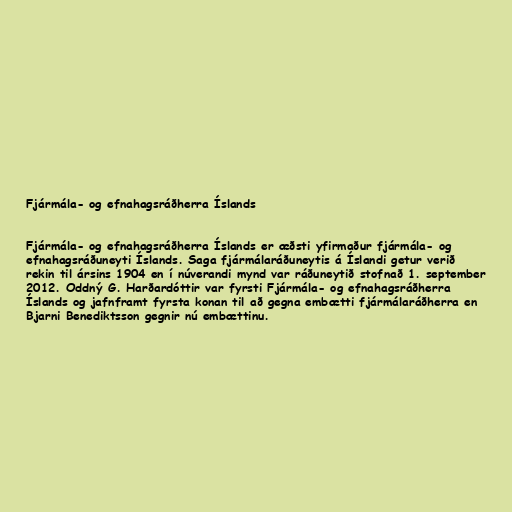
Fjármála- og efnahagsráðherra Íslands

Fjármála- og efnahagsráðherra Íslands er æðsti yfirmaður fjármála- og
efnahagsráðuneyti Íslands. Saga fjármálaráðuneytis á Íslandi getur verið
rekin til ársins 1904 en í núverandi mynd var ráðuneytið stofnað 1. september
2012. Oddný G. Harðardóttir var fyrsti Fjármála- og efnahagsráðherra
Íslands og jafnframt fyrsta konan til að gegna embætti fjármálaráðherra en
Bjarni Benediktsson gegnir nú embættinu.